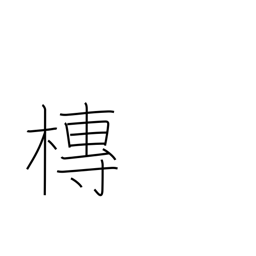
Meaning: hearse